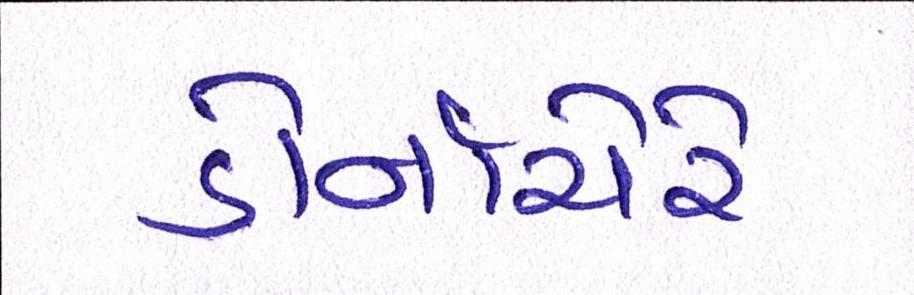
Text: ડોર્નાચેરે